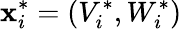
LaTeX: {\mathbf x}_{i}^{*}=(V_{i}^{*},W_{i}^{*})